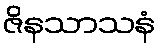
ဇိနသာသနံ